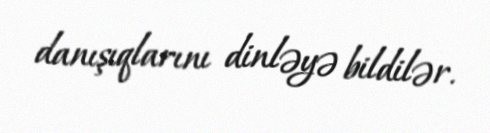
danışıqlarını dinləyə bildilər.